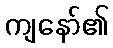
ကျနော်၏